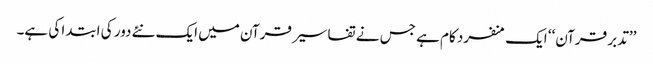
’’تدبر قرآن‘‘ ایک منفرد کام ہے جس نے تفاسیر قرآن میں ایک نئے دور کی ابتدا کی ہے۔